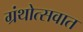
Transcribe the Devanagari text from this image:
ग्रंथोत्सवात